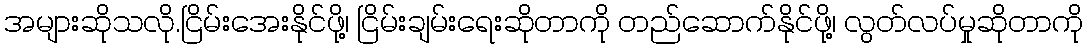
အများဆိုသလို.ငြိမ်းအေးနိုင်ဖို့၊ ငြိမ်းချမ်းရေးဆိုတာကို တည်ဆောက်နိုင်ဖို့၊ လွတ်လပ်မှုဆိုတာကို